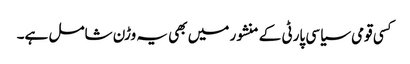
کسی قومی سیاسی پارٹی کے منشور میں بھی یہ وڑن شامل ہے۔